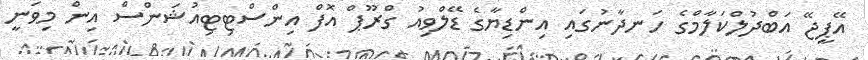
އޭޕީޖޭ އަބްދުލްކަލާމްގެ ހަނދާނުގައި އިންޑިޔާގެ ޑޭލްވިއު ގްރޫޕް އޮފް އިންސްޓިޓިއުޝަންސް އިން މިވަނީ